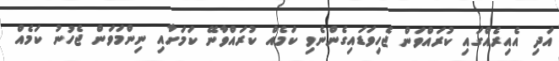
އަދި އެއިރެއްގައި ކުރައްވަން ޖެހިވަޑައިގެންނެވި ކަމެއް ކުރައްވާނޭ ކަމަށާއި ނިންމަވަން ޖެހުނު ކަމެއް